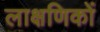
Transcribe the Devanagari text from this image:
लाक्षणिकों